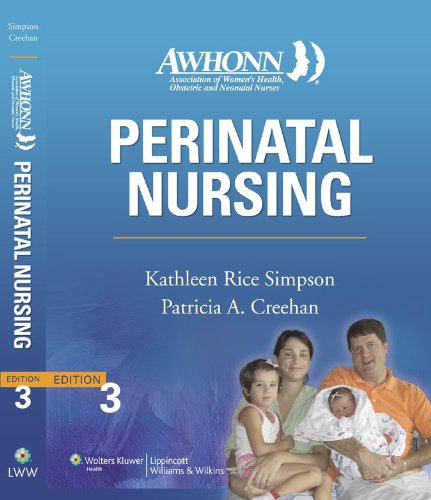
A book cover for AWHONN's Perinatal Nursing: Co-Published with AWHONN (Simpson, Awhonn's Perinatal Nursing); Kathleen Rice Simpson PhD  RNC; Medical Books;